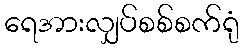
ရေအားလျှပ်စစ်စက်ရုံ